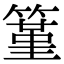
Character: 䈽